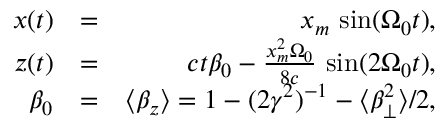
\begin{array} { r l r } { x ( t ) } & { = } & { x _ { m } \, \sin ( \Omega _ { 0 } t ) , } \\ { z ( t ) } & { = } & { c t \beta _ { 0 } - \frac { x _ { m } ^ { 2 } \Omega _ { 0 } } { 8 c } \, \sin ( 2 \Omega _ { 0 } t ) , } \\ { \beta _ { 0 } } & { = } & { \langle \beta _ { z } \rangle = 1 - ( 2 \gamma ^ { 2 } ) ^ { - 1 } - \langle \beta _ { \perp } ^ { 2 } \rangle / 2 , } \end{array}